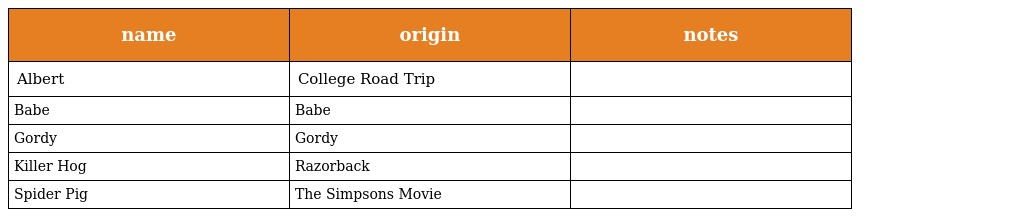
| name | origin | notes |
 | --- | --- | --- |
 | Albert | College Road Trip |  |
 | Babe | Babe |  |
 | Gordy | Gordy |  |
 | Killer Hog | Razorback |  |
 | Spider Pig | The Simpsons Movie |  |